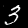
Label: 3